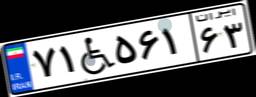
۷۱W۵۶۱۶۳